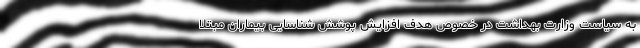
به سیاست وزارت بهداشت در خصوص هدف افزایش پوشش شناسایی بیماران مبتلا